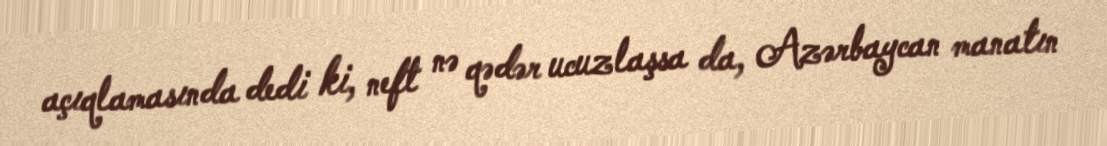
açıqlamasında dedi ki, neft nə qədər ucuzlaşsa da, Azərbaycan manatın